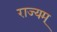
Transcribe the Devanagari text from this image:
राज्यम्